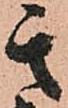
其